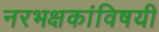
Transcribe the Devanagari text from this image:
नरभक्षकांविषयी